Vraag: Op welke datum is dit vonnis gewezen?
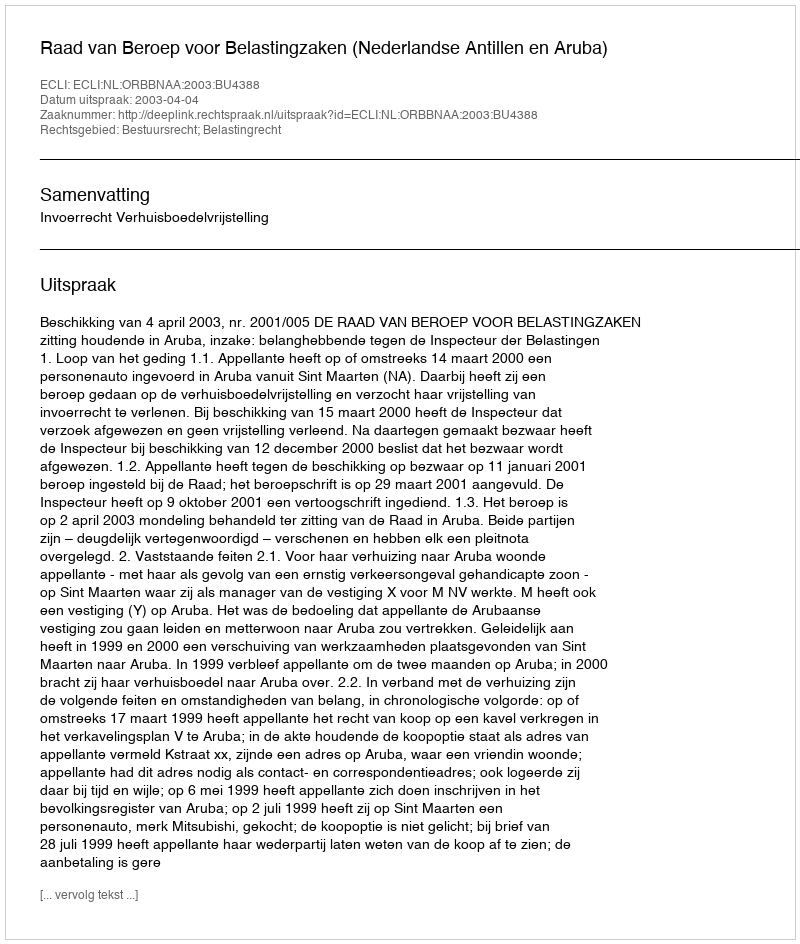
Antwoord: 2003-04-04